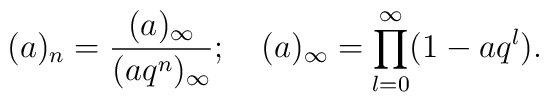
(a)_n = \frac{(a)_{\infty}}{(aq^n)_{\infty}};\quad (a)_{\infty} = \prod_{l=0}^{\infty}(1-aq^l).